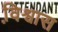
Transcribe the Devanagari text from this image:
वि़श्वास